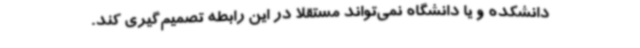
دانشکده و یا دانشگاه نمی‌تواند مستقلا در این رابطه تصمیم‌گیری کند.